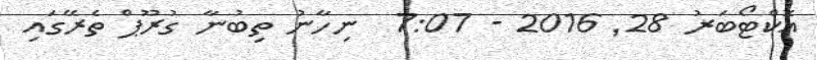
އޮކްޓޯބަރު 28